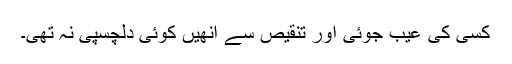
کسی کی عیب جوئی اور تنقیص سے انھیں کوئی دلچسپی نہ تھی۔